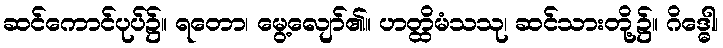
ဆင်ကောင်ပုပ်၌။ ရတော၊ မွေ့လျော်၏။ ဟတ္ထိမံသသု၊ ဆင်သားတို့၌။ ဂိဒ္ဓေါ၊